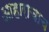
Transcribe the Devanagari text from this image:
आहाराचाच